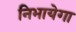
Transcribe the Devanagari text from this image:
निभायेगा